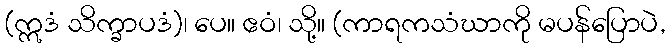
(ဣဒံ သိက္ခာပဒံ)၊ ပေ။ ဧဝံ၊ သို့။ (ကာရကသံဃာကို မပန်ပြောပဲ,